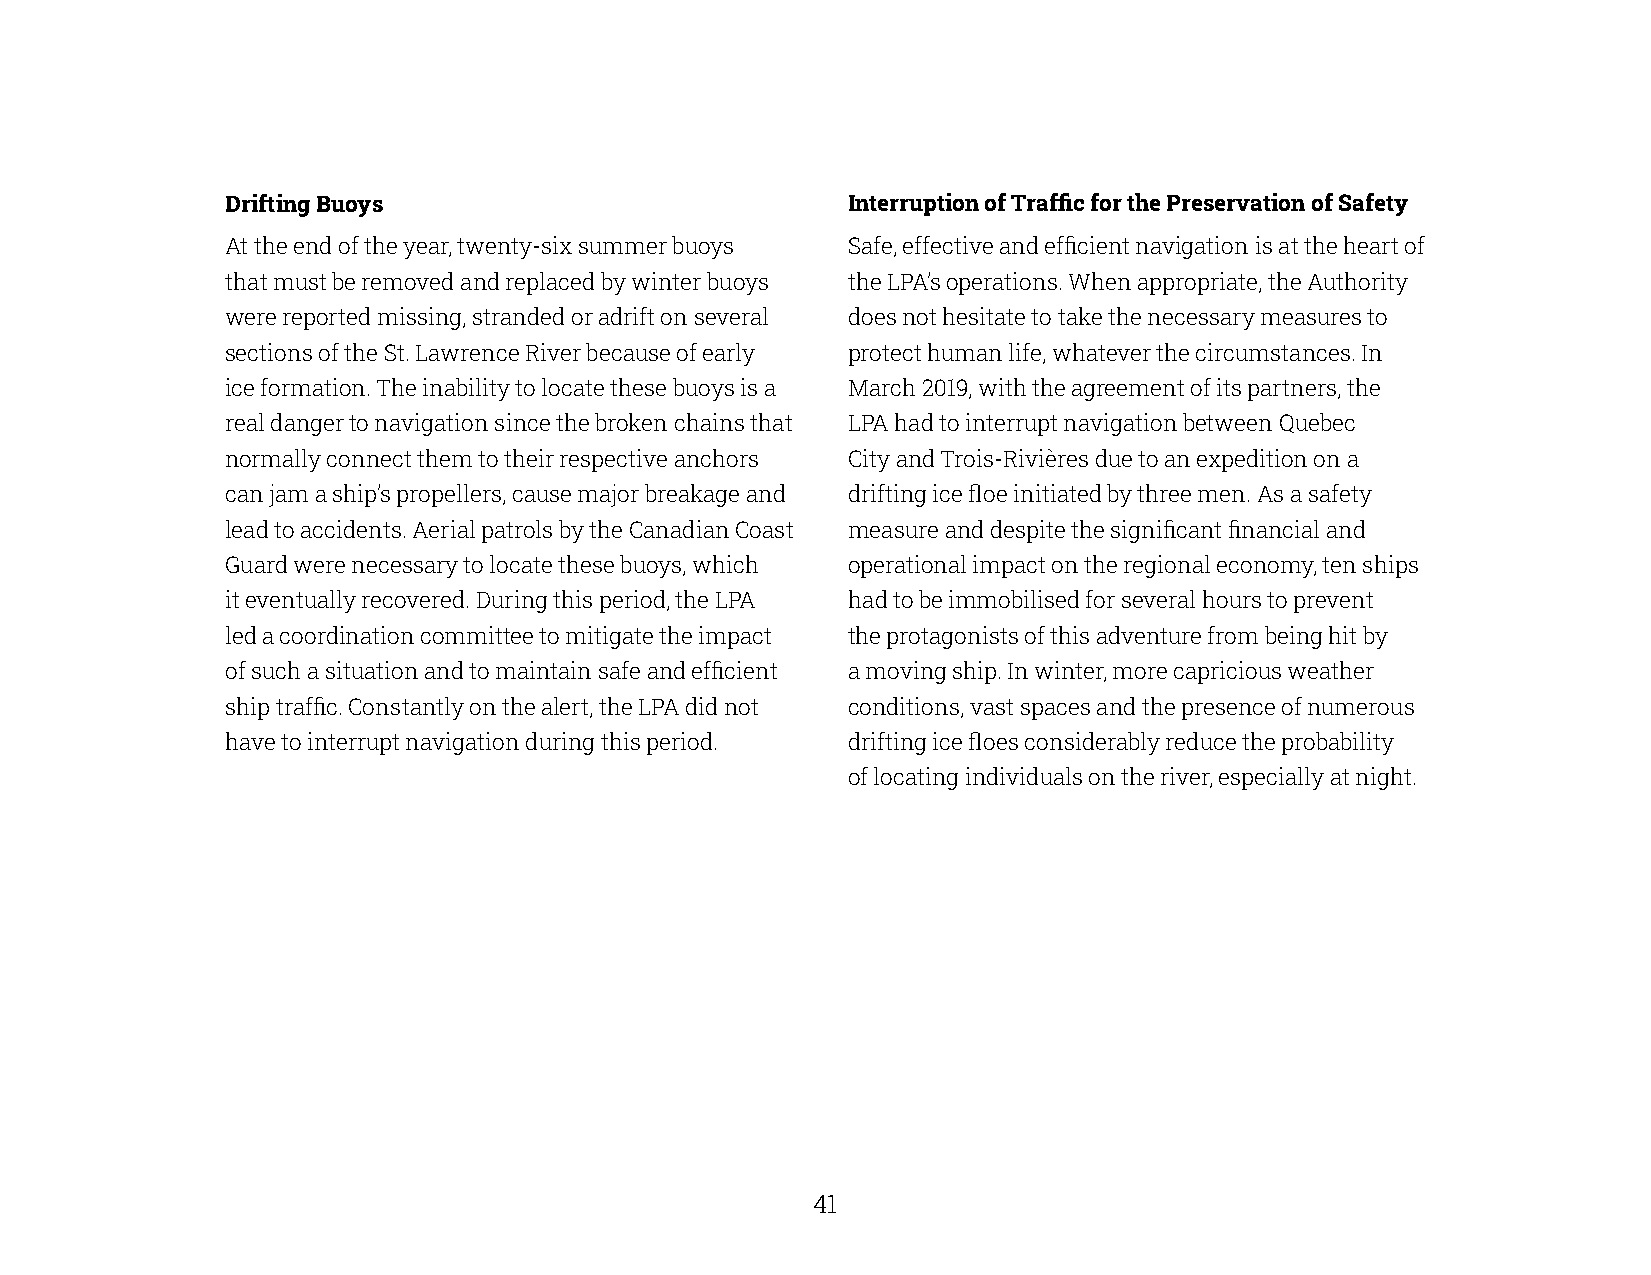
Drifting Buoys                           Interruption of Traffic for the Preservation of Safety
 At the end of the year, twenty-six summer buoys Safe, effective and efficient navigation is at the heart of
 that must be removed and replaced by winter buoys the LPA’s operations. When appropriate, the Authority
 were reported missing, stranded or adrift on several does not hesitate to take the necessary measures to
 sections of the St. Lawrence River because of early protect human life, whatever the circumstances. In
 ice formation. The inability to locate these buoys is a March 2019, with the agreement of its partners, the
 real danger to navigation since the broken chains that LPA had to interrupt navigation between Quebec
 normally connect them to their respective anchors City and Trois-Rivières due to an expedition on a
 can jam a ship’s propellers, cause major breakage and drifting ice floe initiated by three men. As a safety
 lead to accidents. Aerial patrols by the Canadian Coast measure and despite the significant financial and
 Guard were necessary to locate these buoys, which operational impact on the regional economy, ten ships
 it eventually recovered. During this period, the LPA had to be immobilised for several hours to prevent
 led a coordination committee to mitigate the impact the protagonists of this adventure from being hit by
 of such a situation and to maintain safe and efficient a moving ship. In winter, more capricious weather
 ship traffic. Constantly on the alert, the LPA did not conditions, vast spaces and the presence of numerous
 have to interrupt navigation during this period. drifting ice floes considerably reduce the probability
 of locating individuals on the river, especially at night.
 40                                                    41